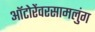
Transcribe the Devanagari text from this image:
ऑटोरेंवरसामलुंग